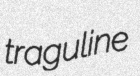
traguline